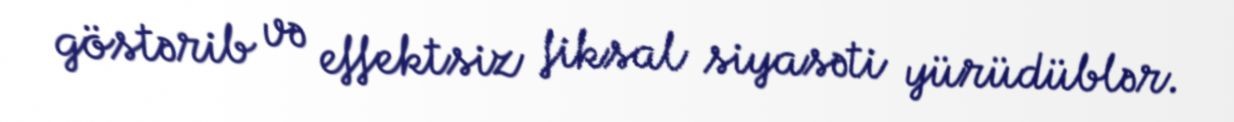
göstərib və effektsiz fiksal siyasəti yürüdüblər.